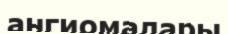
ангиомалары